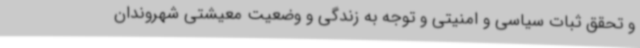
و تحقق ثبات سیاسی و امنیتی و توجه به زندگی و وضعیت معیشتی شهروندان